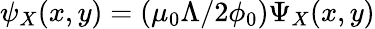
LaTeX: \psi_{X}(x,y)=(\mu_{0}\Lambda/2\phi_{0})\Psi_{X}(x,y)